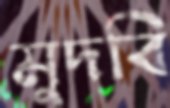
মুদবি